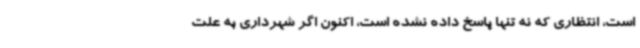
است، انتظاری که نه تنها پاسخ داده نشده است، اکنون اگر شهرداری به علت